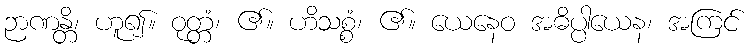
ဉာဏန္တိ၊ ဟူ၍။ ဝုတ္တံ၊ ၏။ ဟိသစ္စံ၊ ၏။ ယေနေဝ အဓိပ္ပါယေန၊ အကြင်